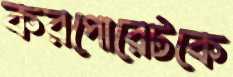
করপোরেটকে